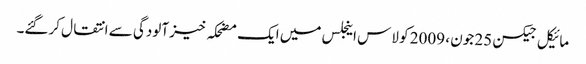
مائیکل جیکسن 25 جون ، 2009 کو لاس اینجلس میں ایک مضحکہ خیز آلودگی سے انتقال کرگئے۔